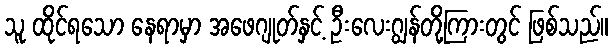
သူ ထိုင်ရသော နေရာမှာ အဖေဂျုတ်နှင့် ဦးလေးဂျွန်တို့ကြားတွင် ဖြစ်သည်။